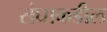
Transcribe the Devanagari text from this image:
संघाकडील